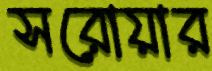
সরোয়ার